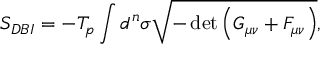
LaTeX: S _ { D B I } = - T _ { p } \int d ^ { n } \sigma \sqrt { - \operatorname * { d e t } { \left( G _ { \mu \nu } + \cal { F } _ { \mu \nu } \right) } } ,